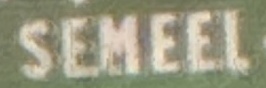
SEMEEL